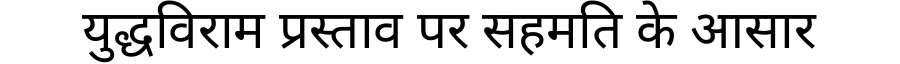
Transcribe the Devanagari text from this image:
युद्धविराम प्रस्ताव पर सहमति के आसार